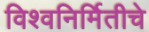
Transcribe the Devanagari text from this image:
विश्वनिर्मितीचे